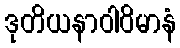
ဒုတိယနာဝါဝိမာနံ